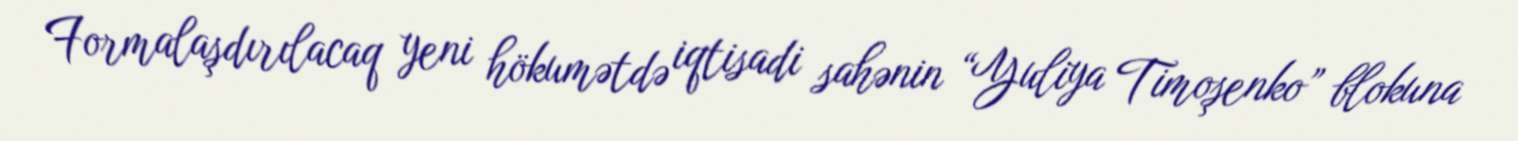
Formalaşdırılacaq yeni hökumətdə iqtisadi sahənin “Yuliya Timoşenko” blokuna